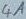
Text: 4A